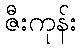
ဇီးကုန်း